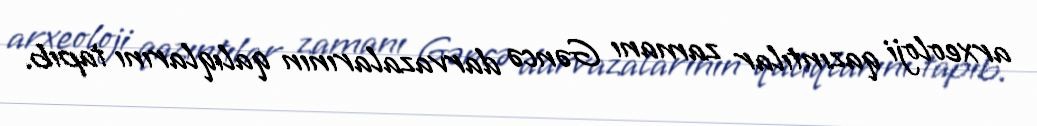
arxeoloji qazıntılar zamanı Gəncə darvazalarının qalıqlarını tapıb.